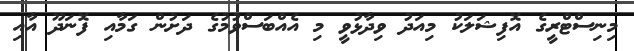
މިނިސްޓްރީގެ އޮފިޝަލަކު މިއަދު ވިދާޅުވީ މި އެއްބަސްވުމުގެ ދަށުން ގަމާއި ފޮނަދޫ އާއި